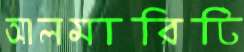
আলমারিটি